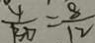
\frac { 4 } { B D } = \frac { 8 } { 1 2 }